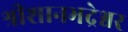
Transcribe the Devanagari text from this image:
श्रीशानभद्रेश्वर